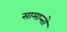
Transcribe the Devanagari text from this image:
सामान्तो